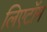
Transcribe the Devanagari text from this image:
लिएटॉम